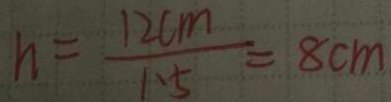
h = \frac { 1 2 c m } { 1 . 5 } = 8 c m